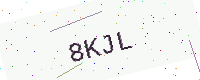
Text: 8KJL